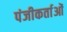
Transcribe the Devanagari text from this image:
पंजीकर्ताओं